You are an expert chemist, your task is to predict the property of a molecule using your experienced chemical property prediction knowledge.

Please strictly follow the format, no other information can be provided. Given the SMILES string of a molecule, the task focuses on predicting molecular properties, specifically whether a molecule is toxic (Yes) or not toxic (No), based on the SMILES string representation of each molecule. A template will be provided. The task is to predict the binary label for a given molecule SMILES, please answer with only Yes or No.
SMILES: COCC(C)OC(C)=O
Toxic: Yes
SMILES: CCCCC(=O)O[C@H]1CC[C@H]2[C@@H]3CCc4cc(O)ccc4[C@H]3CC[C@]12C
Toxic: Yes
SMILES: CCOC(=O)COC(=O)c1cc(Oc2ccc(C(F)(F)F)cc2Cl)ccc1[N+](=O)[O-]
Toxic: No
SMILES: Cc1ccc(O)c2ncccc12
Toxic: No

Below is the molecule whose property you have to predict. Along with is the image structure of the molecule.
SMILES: CC(C)=CC1C(C(=O)OCc2coc(Cc3ccccc3)c2)C1(C)C
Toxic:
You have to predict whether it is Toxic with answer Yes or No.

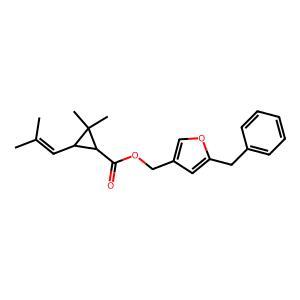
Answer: No